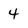
Character: 4